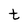
Character: t